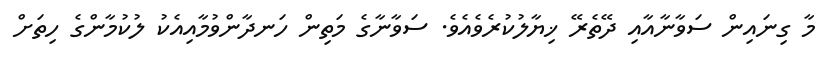
މާ ގިނައިން ސަވާނާއާއި ދޭތެރޭ ޚިޔާލުކުރެވެއެވެ. ސަވާނާގެ މަތިން ހަނދާންވުމާއިއެކު ލުކުމާންގެ ހިތަށް